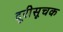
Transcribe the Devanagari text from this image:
दूरीसूचक